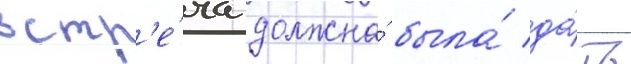
встр'е́ча должна́ была́ да́ть